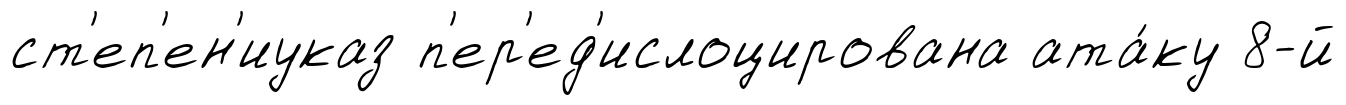
ст'еп'ен'иуказ п'ер'ед'ислоцирована ата́ку 8-й